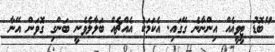
"ބޮޑު ޓީވީއެއް އިންނާނެ ގޭގައި. އެކަމަކު އެއްޗެއް ބަލާލެވެނީ ބަންގި ގޮވަން އޭނާ